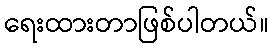
ရေးထားတာဖြစ်ပါတယ်။